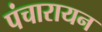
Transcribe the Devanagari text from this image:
पंचारायन